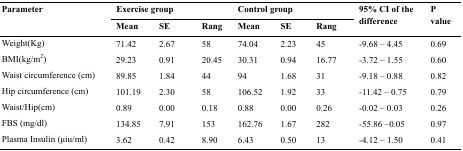
| <ROWSPAN=3> Parameter | <COLSPAN=2> Exercise group | <COLSPAN=4> Control group | <ROWSPAN=3> 95% CI of the difference | <ROWSPAN=3> P value |
 | Mean | SE | Rang | Mean | SE | Rang |
 | --- | --- | --- | --- | --- | --- | --- | --- | --- |
 | Weight(Kg) | 71.42 | 2.67 | 58 | 74.04 | 2.23 | 45 | -9.68 – 4.45 | 0.69 |
 | BMI(kg/m2) | 29.23 | 0.91 | 20.45 | 30.31 | 0.94 | 16.77 | -3.72 – 1.55 | 0.60 |
 | Waist circumference (cm) | 89.85 | 1.84 | 44 | 94 | 1.68 | 31 | -9.18 – 0.88 | 0.82 |
 | Hip circumference (cm) | 101.19 | 2.30 | 58 | 106.52 | 1.92 | 33 | -11.42 – 0.75 | 0.79 |
 | Waist/Hip(cm) | 0.89 | 0.00 | 0.18 | 0.88 | 0.00 | 0.26 | -0.02 – 0.03 | 0.26 |
 | FBS (mg/dl) | 134.85 | 7.91 | 153 | 162.76 | 1.67 | 282 | -55.86 –0.05 | 0.97 |
 | Plasma Insulin (μiu/ml) | 3.62 | 0.42 | 8.90 | 6.43 | 0.50 | 13 | -4.12 – 1.50 | 0.41 |